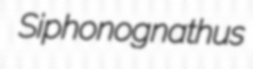
Siphonognathus